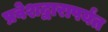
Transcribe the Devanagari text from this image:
प्रवेशद्वारापर्यंत